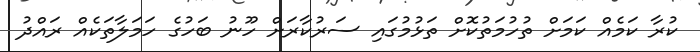
ކުރާ ކަމެއް ކަމަށް ތުހުމަތުކޮށް ތަޅުމުގައި ސަރުކާރަށް ހޫނު ބަހުގެ ހަމަލާތަކެއް ރައްދު